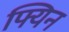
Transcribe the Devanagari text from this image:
फ्यिन